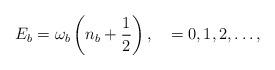
LaTeX: \begin{align*}E_b = \omega_b \left(n_{b} + \frac{1}{2}\right), \quad = 0,1,2, \ldots,\end{align*}